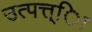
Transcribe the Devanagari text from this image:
उत्पत्त्िा